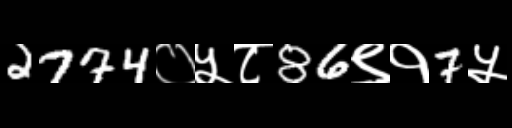
Text: 2774०५८86९१7५